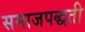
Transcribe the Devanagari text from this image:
समाजपद्धती